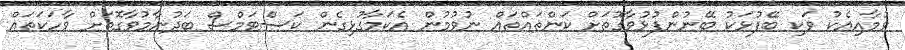
ވުމާއިއެކު ވަކި ބޭފުޅަކު ބޭނުންފުޅުވާގޮތަށް ކަންތައްތައް ނުވުމުން އެކަމާގުޅިގެން ކަސްޓަމްސް ބަދުނާމުވާގޮތަށް ވާހަކަތައް